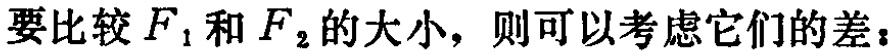
要比较\(F_{1}\)和\(F_{2}\)的大小，则可以考虑它们的差：